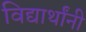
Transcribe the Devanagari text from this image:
विद्यार्थांनी